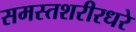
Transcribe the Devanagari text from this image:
समस्तशरीरधरे